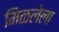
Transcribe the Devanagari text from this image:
मिळलेला